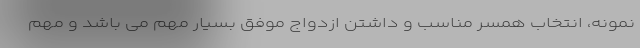
نمونه، انتخاب همسر مناسب و داشتن ازدواج موفق بسیار مهم می باشد و مهم